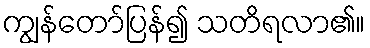
ကျွန်တော်ပြန်၍ သတိရလာ၏။